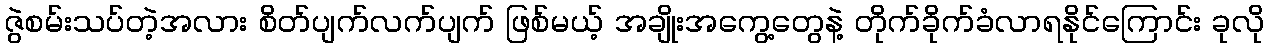
ဇွဲစမ်းသပ်တဲ့အလား စိတ်ပျက်လက်ပျက် ဖြစ်မယ့် အချိုးအကွေ့တွေနဲ့ တိုက်ခိုက်ခံလာရနိုင်ကြောင်း ခုလို